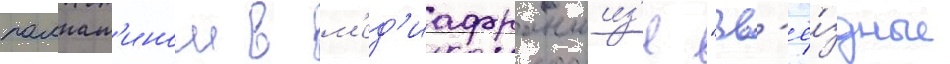
палпат'ином в м'ед'иафраншиз'е "зв'ё́здные